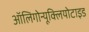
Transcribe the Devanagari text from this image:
ऑलिगोन्यूक्लियोटाइड